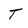
Character: T